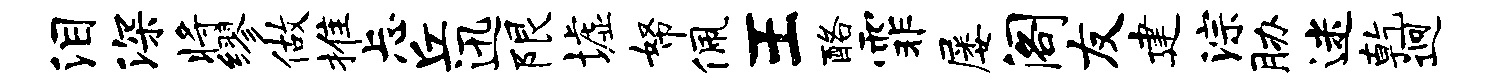
泪深将缪做推忐丘迅限墟帑佩王酪霏屡阁友建淙胁迷乾迥